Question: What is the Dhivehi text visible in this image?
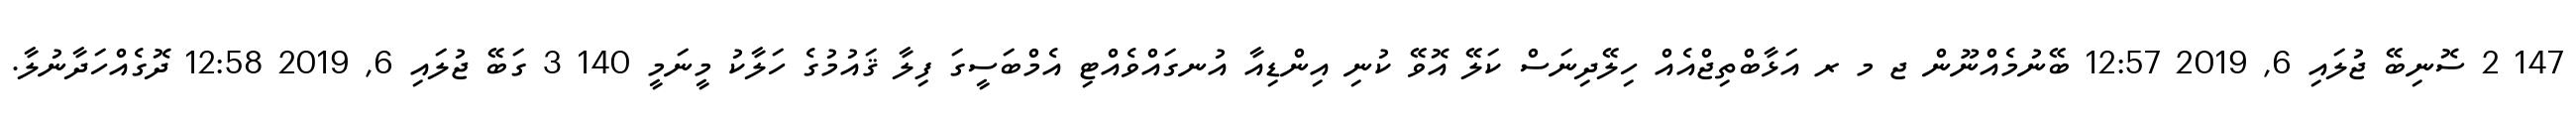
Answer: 147 2 ސޮނިބޭ ޖުލައި 6, 2019 12:57 ބޭނުމެއްނޫން ޖ މ ރ އަޅާބްތިޖްއެއް ހިލޭދިނަސް ކަލޭ އޮވޭ ކުނި އިންޑިއާ އުނގައްވެއްޓި އެމްބަސީގަ ފިލާ ޤައުމުގެ ހަލާކު މީނަމީ 140 3 ގަބޭ ޖުލައި 6, 2019 12:58 ދޮގެއްހަދާނުލާ.